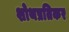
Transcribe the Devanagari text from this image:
शोथप्रतिकर